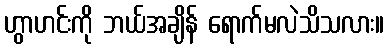
ဟွာဟင်းကို ဘယ်အချိန် ရောက်မလဲသိသလား။